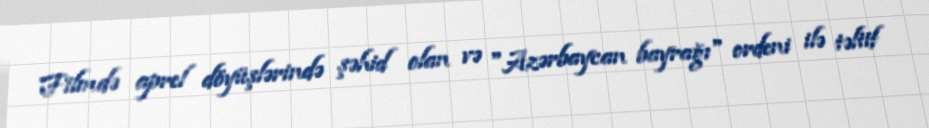
Filmdə aprel döyüşlərində şəhid olan və "Azərbaycan bayrağı" ordeni ilə təltif